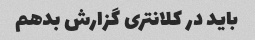
باید در کلانتری گزارش بدهم